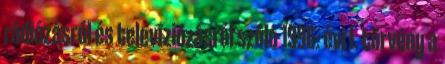
rádiózásról és televíziózásról szóló 1996. évi I. törvény a